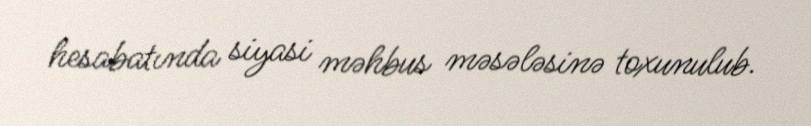
hesabatında siyasi məhbus məsələsinə toxunulub.